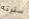
سترته